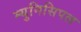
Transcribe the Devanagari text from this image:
म्‍युनिसिपल